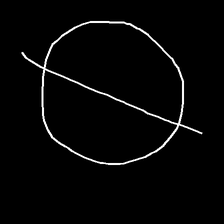
Glyph: orb